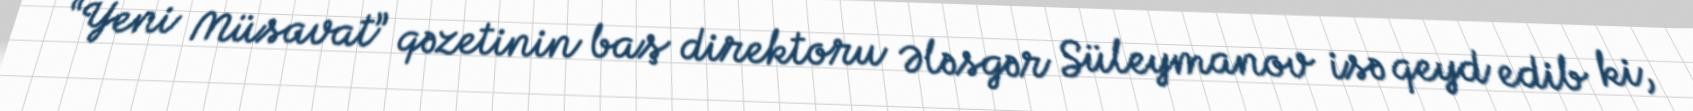
“Yeni Müsavat” qəzetinin baş direktoru Ələsgər Süleymanov isə qeyd edib ki,